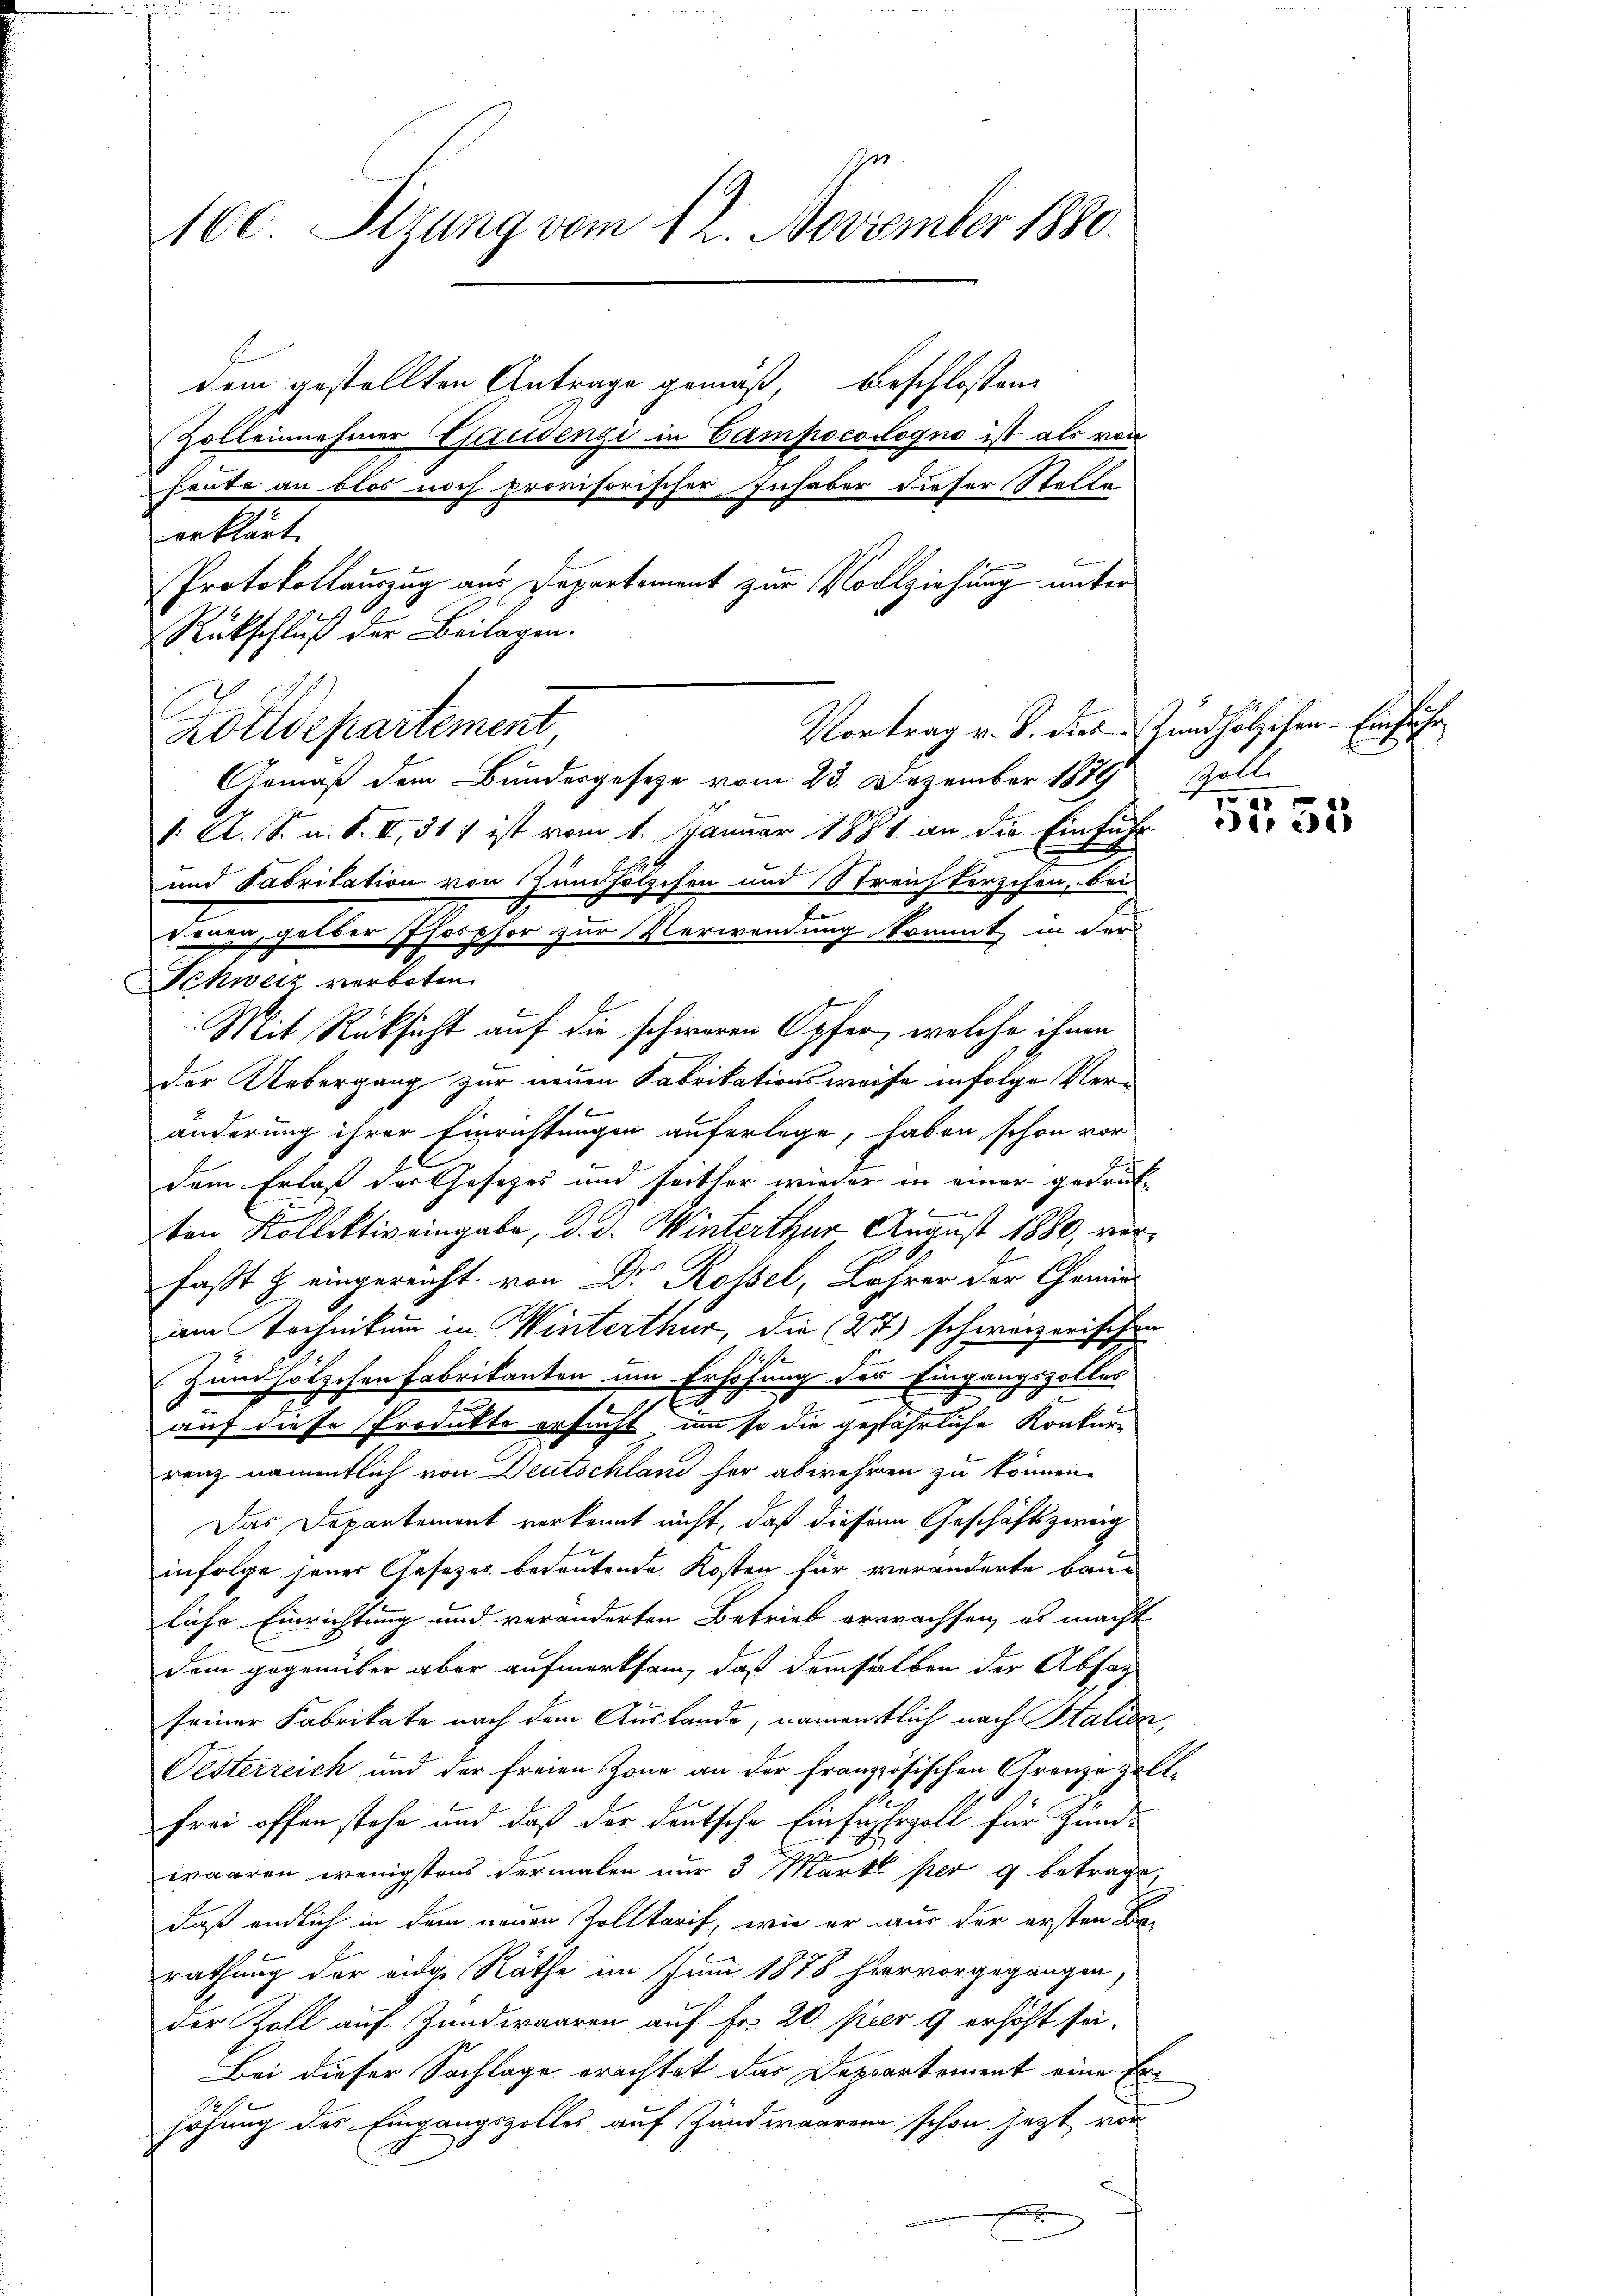
100. Sizung vom 12. November 1880.

dem gestellten Antrage gemäß, beschlossene
Zolleinehmer Gaudenzi in Campocosogno ist als von
heute an blos noch provisorischer Inhaber dieser Stelle
erklärt
Protokollauszug aus Departement zur Vollziehung unter
2
C
Gemäß dem Bundesgesetze vom 23. Dezember 1889 Zoll-
1. A. S. u. S. II 317 ist vom 1. Januar 1881 an die Einführ
und Fabrikation von Zündhölzchen und Streichterschen, bei
denen, gelber Pforzher zur Verwendung kommt, in der
Schweiz verboten.
Mit Rücksicht auf die schireren Opfer, welche ihnen
der Uebergang zur neuen Fabrikationsweise infolge Veränderung ihrer Einrichtungen auferlege, haben schon vor
dem Erlaß der Gesetzes und seither wieder in einer getref¬
,
ten Kollektiv eingabe, d. d. Winterthur August 1880, verfaßt & eingereicht von Dr Rossel, Lehrer der Gemü
am Technikum in Winterthur, die (4) schweizerischen
Z und hölzchen Fabrikanten um Erhöhung der Eingangszoller
.
auf diese Produkte ersucht, um so die gefährliche Konkur-
renz namentlich von Deutschland her abwehren zu können.
Das Departement verkannt nicht, daß diesem Geschäftszweig
infolge jener Gesetzes bedeutende Kosten für veränderte baue
liche Einrichtung und veränderten Betrieb erwachsen, es macht
dem gegenüber aber aufmerksam, daß demselben der Absatz
seiner Fabrikate nach dem Auslande, namentlich nach Italien,
Pesterreich und der freien Zone an der französischen Grenze Zollfrei offen stehe und daß der deutsche Einfuhrzoll für Zünd-
waaren wenigstens dermalen nur 3 Markt per g betrage
daß endlich in dem neuen Zolltarif, wie er wir der ersten Berathung der eidige Räthe im Juni 1878 hiervorgegangen,
der Zoll auf Zundwaaren auf Fr. 20 per 9 erhöht sei.
Bei dieser Sachlage erachtet das Deppartement eine Erhöhung des Eingangszolles auf Zundwaaren schon jetzt vor
x

Rückschluß der Beilagen.
Zolldepartement

Vortrag v. B. dies Stundhölzchen - Einführ